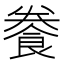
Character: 餋